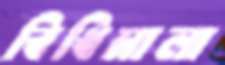
বিধিমালা